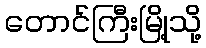
တောင်ကြီးမြို့သို့